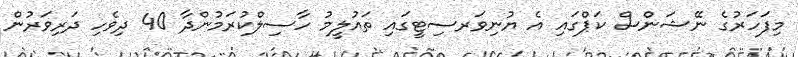
މިފަހަރުގެ ނޭޝަންސް ކަޕްގައި އެ ޔުނިވަރސިޓީގައި ތައުލީމު ހާސިލްކުރަމުންދާ 40 ދިވެހި ދަރިވަރުން